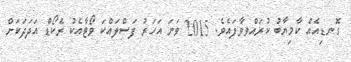
ގޮނޑިއެއް ކާމިޔާބު ކުރައްވވާފައެވެ. 2015 ވަނަ އަހަރު ފަސްލައްކަ ވޯޓާއެކު ރެކޯޑް އަދަދަކަށް